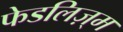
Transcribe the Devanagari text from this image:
फेडलिज़्म